Leaving Certificate Examination (including Day School Certificate (Higher) General paper), 1928
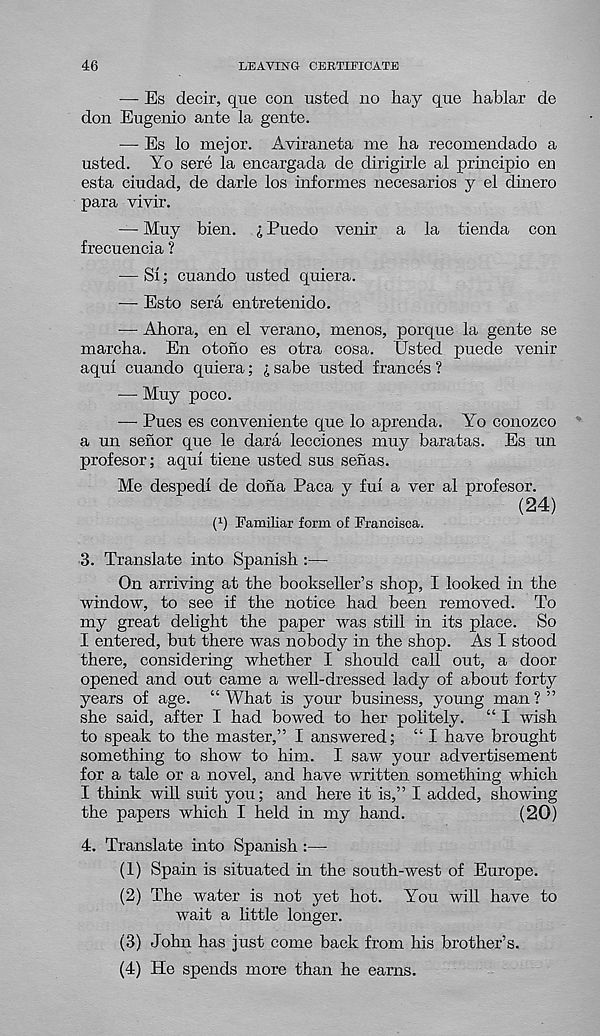
46
LEAVING CERTIFICATE
— Es decir, que con usted no hay que hablar de
don Eugenio ante la gente.
— Es lo mejor. Aviraneta me ha recomendado a
usted. Yo sere la encargada de dirigirle al principio en
esta ciudad, de darle los informes necesarios y el dinero
para vivir.
— Muy bien. l Puedo venir a la tienda con
frecuencia ?
— SI; cuando usted quiera.
— Esto sera entretenido.
— Ahora, en el verano, menos, porque la gente se
marcha. En otono es otra cosa. Usted puede venir
aqui cuando quiera; £ sabe usted frances ?
— Muy poco.
— Pues es conveniente que lo aprenda. Yo conozco
a un senor que le dara lecciones muy baratas. Es un
profesor; aqui tiene usted sus senas.
Me despedi de dona Paca y fui a ver al profesor.
(24)
l 1 ) Familiar form of Francisca.
3. Translate into Spanish :—
On arriving at the bookseller’s shop, I looked in the
window, to see if the notice had been removed. To
my great delight the paper was still in its place. So
I entered, but there was nobody in the shop. As I stood
there, considering whether I should call out, a door
opened and out came a well-dressed lady of about forty
years of age. “What is your business, young man?”
she said, after I had bowed to her politely. “ I wish
to speak to the master,” I answered; “ I have brought
something to show to him. I saw your advertisement
for a tale or a novel, and have written something which
I think will suit you; and here it is,” I added, showing
the papers which I held in my hand.
(20)
4. Translate into Spanish :—
(1) Spain is situated in the south-west of Europe.
(2) The water is not yet hot. You will have to
wait a little longer.
(3) John has just come back from his brother’s.
(4) He spends more than he earns.